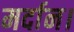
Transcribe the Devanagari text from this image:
मर्दान।